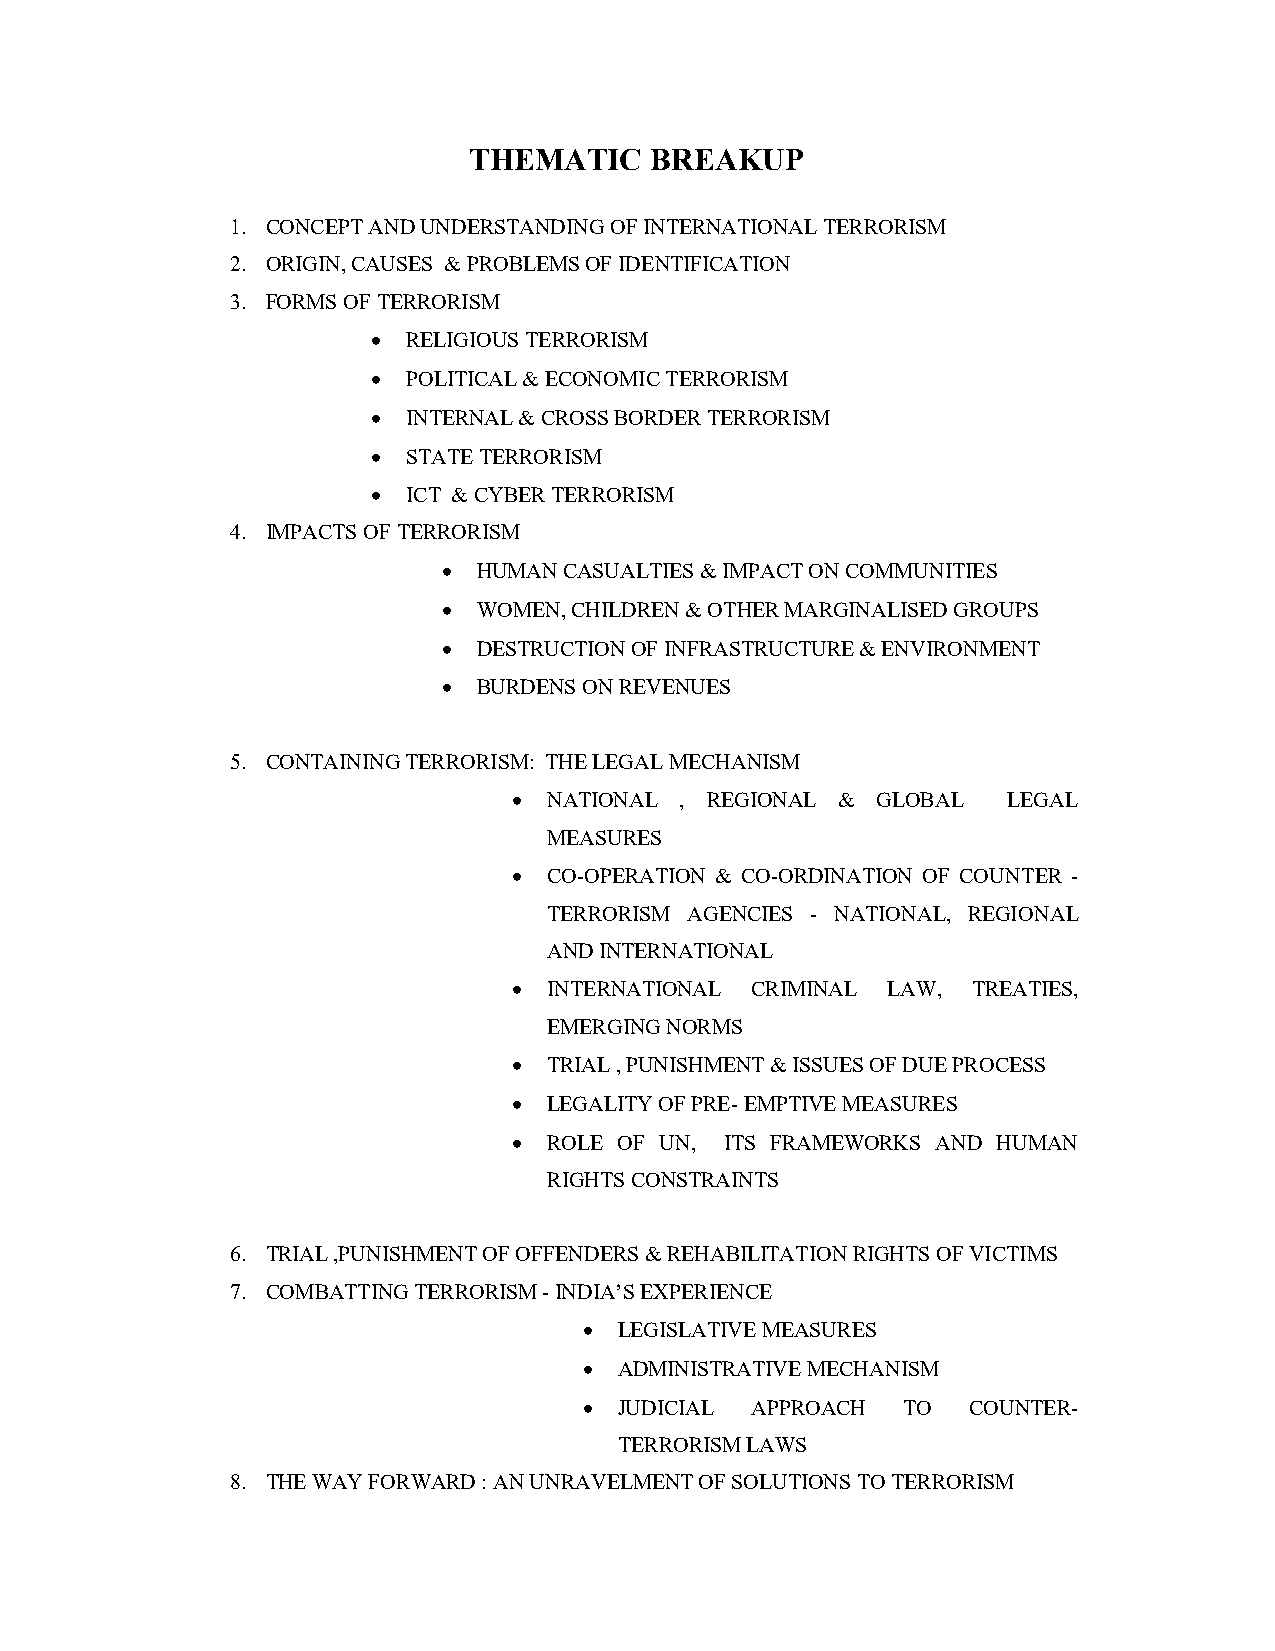
THEMATIC    BREAKUP
 1. CONCEPT AND UNDERSTANDING OF INTERNATIONAL TERRORISM
 2. ORIGIN, CAUSES & PROBLEMS OF IDENTIFICATION
 3. FORMS OF TERRORISM
  RELIGIOUS TERRORISM
  POLITICAL & ECONOMIC TERRORISM
  INTERNAL & CROSS BORDER TERRORISM
  STATE TERRORISM
  ICT & CYBER TERRORISM
 4. IMPACTS OF TERRORISM
   HUMAN CASUALTIES & IMPACT ON COMMUNITIES
   WOMEN, CHILDREN & OTHER MARGINALISED GROUPS
   DESTRUCTION OF INFRASTRUCTURE & ENVIRONMENT
   BURDENS ON REVENUES
 5. CONTAINING TERRORISM: THE LEGAL MECHANISM
  NATIONAL , REGIONAL & GLOBAL   LEGAL
 MEASURES
  CO-OPERATION & CO-ORDINATION OF COUNTER -
 TERRORISM AGENCIES - NATIONAL, REGIONAL
 AND INTERNATIONAL
  INTERNATIONAL CRIMINAL LAW, TREATIES,
 EMERGING NORMS
  TRIAL , PUNISHMENT & ISSUES OF DUE PROCESS
  LEGALITY OF PRE- EMPTIVE MEASURES
  ROLE OF UN, ITS FRAMEWORKS AND HUMAN
 RIGHTS CONSTRAINTS
 6. TRIAL ,PUNISHMENT OF OFFENDERS & REHABILITATION RIGHTS OF VICTIMS
 7. COMBATTING TERRORISM - INDIA’S EXPERIENCE
  LEGISLATIVE MEASURES
  ADMINISTRATIVE MECHANISM
  JUDICIAL APPROACH  TO  COUNTER-
 TERRORISM LAWS
 8. THE WAY FORWARD : AN UNRAVELMENT OF SOLUTIONS TO TERRORISM